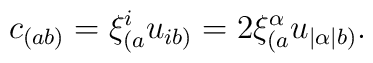
c_{(ab)} = \xi^{i}_{(a}u_{i b)} = 2\xi^{\alpha}_{(a}u_{| \alpha | b)}	.